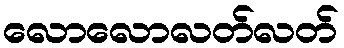
လောလောလတ်လတ်